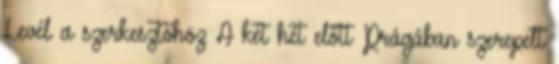
Levél a szerkesztőhöz A két hét előtt Prágában szerepelt